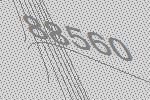
88560